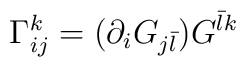
\Gamma_{i j}^{k} = ( \partial_{i} G_{j {\bar l}} )G^{{\bar l} k} \\